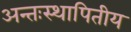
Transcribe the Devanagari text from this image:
अन्तःस्थापितीय